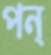
পন্